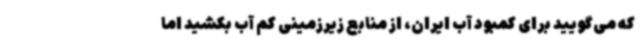
که می‌گویید برای کمبود آب ایران، از منابع زیرزمینی کم آب بکشید اما